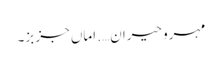
مہرو حیران…. اماں جز بز۔